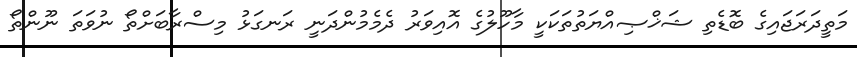
މަތީދަރަޖައިގެ ބޮޑެތި ޝަޚްޞިއްޔަތުތަކަކީ މާހޫލުގެ އޮއިވަރު ދެމެމުންދަނީ ރަނގަޅު މިސްރާބަށްތޯ ނުވަތަ ނޫންތޯ